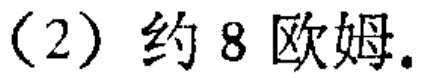
（2）约8欧姆。